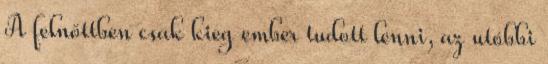
A felnőttben csak kieg ember tudott lenni, az utóbbi